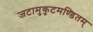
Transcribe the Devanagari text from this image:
जटामुकुटमण्डितम्‌